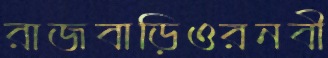
রাজবাড়িওরনবী